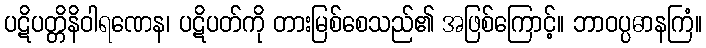
ပဋိပတ္တိနိဝါရဏေန၊ ပဋိပတ်ကို တားမြစ်စေသည်၏ အဖြစ်ကြောင့်။ ဘာဝပ္ပဓာနကြံ။